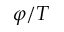
\varphi / T